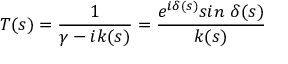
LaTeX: T ( s ) = { \frac { 1 } { \gamma - i k ( s ) } } = { \frac { e ^ { i \delta ( s ) } s i n \ \delta ( s ) } { k ( s ) } }